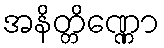
အနိတ္တိဏ္ဏော